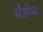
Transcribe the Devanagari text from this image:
स्टँडफेस्ट